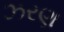
ઝરણ